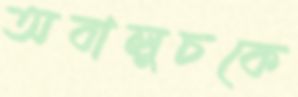
অবালুচকে